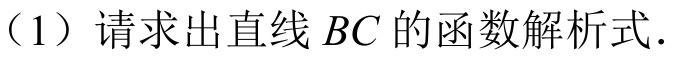
（1）请求出直线 \(BC\) 的函数解析式.